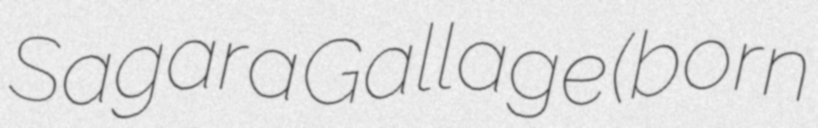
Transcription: Sagara Gallage (born